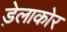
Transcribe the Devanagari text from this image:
ड़ेलाकोर